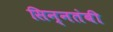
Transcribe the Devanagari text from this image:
सिन्नतंबी